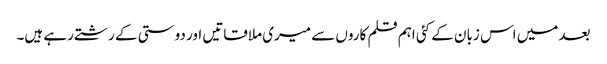
بعد میں اس زبان کے کئی اہم قلم کاروں سے میری ملاقاتیں اور دوستی کے رشتے رہے ہیں۔